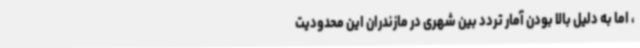
، اما به دلیل بالا بودن آمار تردد بین شهری در مازندران این محدودیت